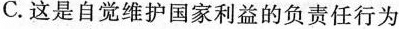
C.这是自觉维护国家利益的负责任行为